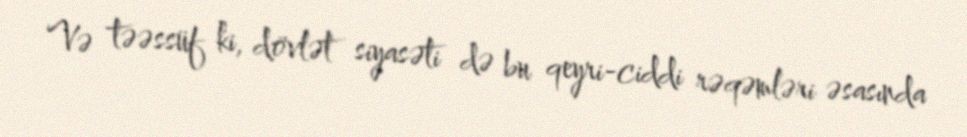
Və təəssüf ki, dövlət siyasəti də bu qeyri-ciddi rəqəmləri əsasında